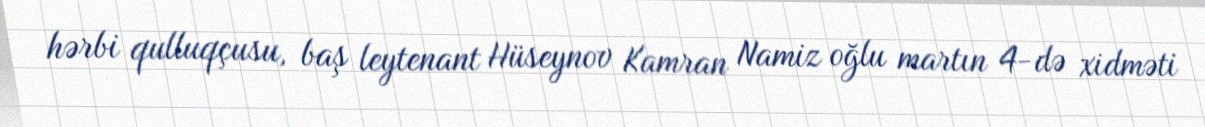
hərbi qulluqçusu, baş leytenant Hüseynov Kamran Namiz oğlu martın 4-də xidməti